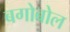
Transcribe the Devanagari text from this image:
बगोबोल